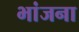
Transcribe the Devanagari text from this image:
भांजना